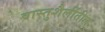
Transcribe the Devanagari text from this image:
वास्तुशैलींतील